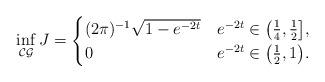
LaTeX: \begin{align*} \inf_{\mathcal{CG}} J = \begin{cases} (2\pi)^{-1} \sqrt{1-e^{-2t}} & e^{-2t} \in \big(\frac14, \frac12\big],\\ 0 & e^{-2t} \in \big(\frac12, 1\big). \end{cases}\end{align*}